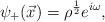
LaTeX: \begin{align*}{\psi}_+ ( \vec{x}) = {\rho}^{1 \over 2} e^{i\omega} ,\end{align*}